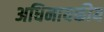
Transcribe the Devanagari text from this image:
अधिनायकीय